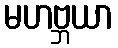
မဟဗ္ဘယာ